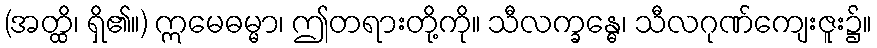
(အတ္ထိ၊ ရှိ၏။) ဣမေဓမ္မာ၊ ဤတရားတို့ကို။ သီလက္ခန္ဓေ၊ သီလဂုဏ်ကျေးဇူး၌။